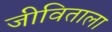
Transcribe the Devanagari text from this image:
जीविताला